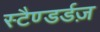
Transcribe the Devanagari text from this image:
स्टैण्डर्डज़